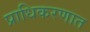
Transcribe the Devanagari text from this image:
प्राधिकरणात